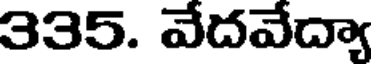
335. వేదవేద్యా